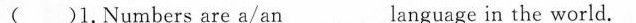
( )1.Numbers are a/an___language in the world.